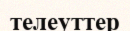
телеуттер